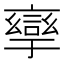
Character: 𲁱